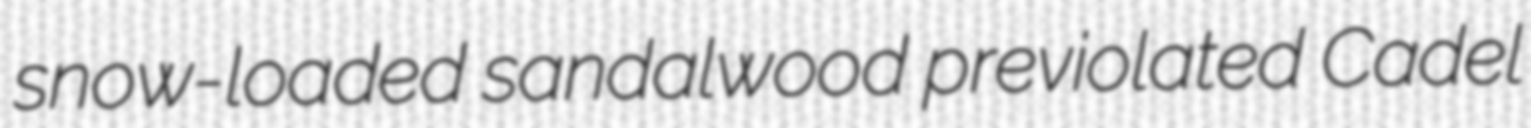
snow-loaded sandalwood previolated Cadel